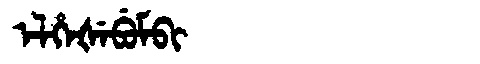
Manchu: ᡝᠯᡥᡝᡧᡝᠪᡠᠮᠪᡳ
Romanization: ELHEŠEBUMBI